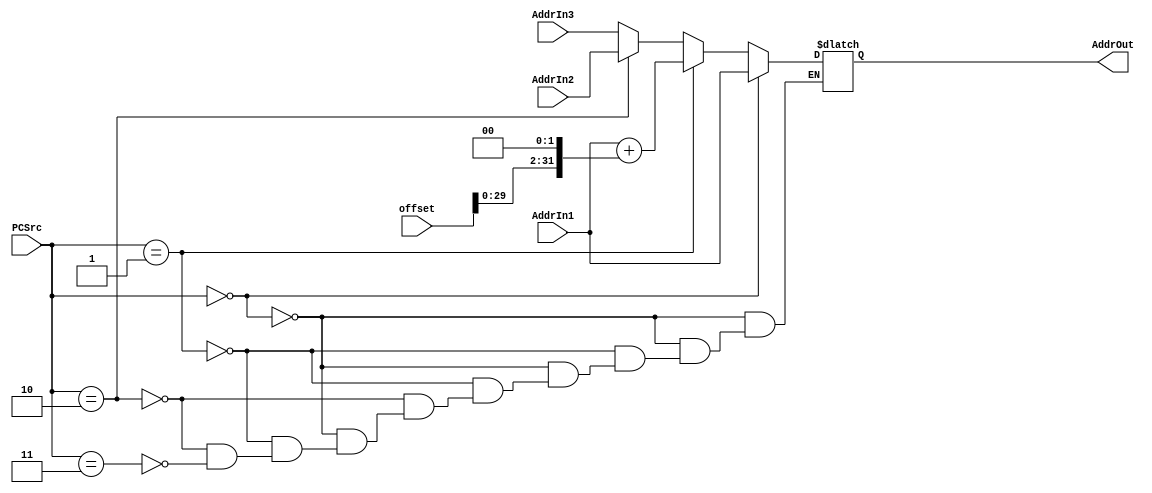
`timescale 1ns / 1ps

//
module NextPC (AddrIn1, offset, AddrIn2, AddrIn3, AddrOut, PCSrc);
	input [31:0] AddrIn1, offset, AddrIn2, AddrIn3;
	output reg [31:0] AddrOut;
	input [1:0] PCSrc;
	
	always @(*) begin
		#0.002;
		if (PCSrc == 0)
			AddrOut = AddrIn1;
		else if (PCSrc == 1)
			AddrOut = AddrIn1 + (offset << 2);
		else if (PCSrc == 2)
			AddrOut = AddrIn2;
		else if (PCSrc == 3)
			AddrOut = AddrIn3;
	end
endmodule